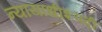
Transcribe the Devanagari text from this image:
न्यायाधीशपदी